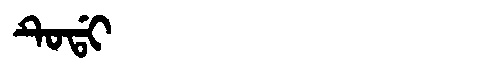
Manchu: ᡨᡠᡩᡳ
Romanization: TUDI